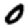
Digit: 0